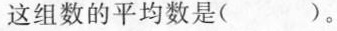
这组数的平均数是( )。